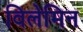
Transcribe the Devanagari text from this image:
विलेमिन